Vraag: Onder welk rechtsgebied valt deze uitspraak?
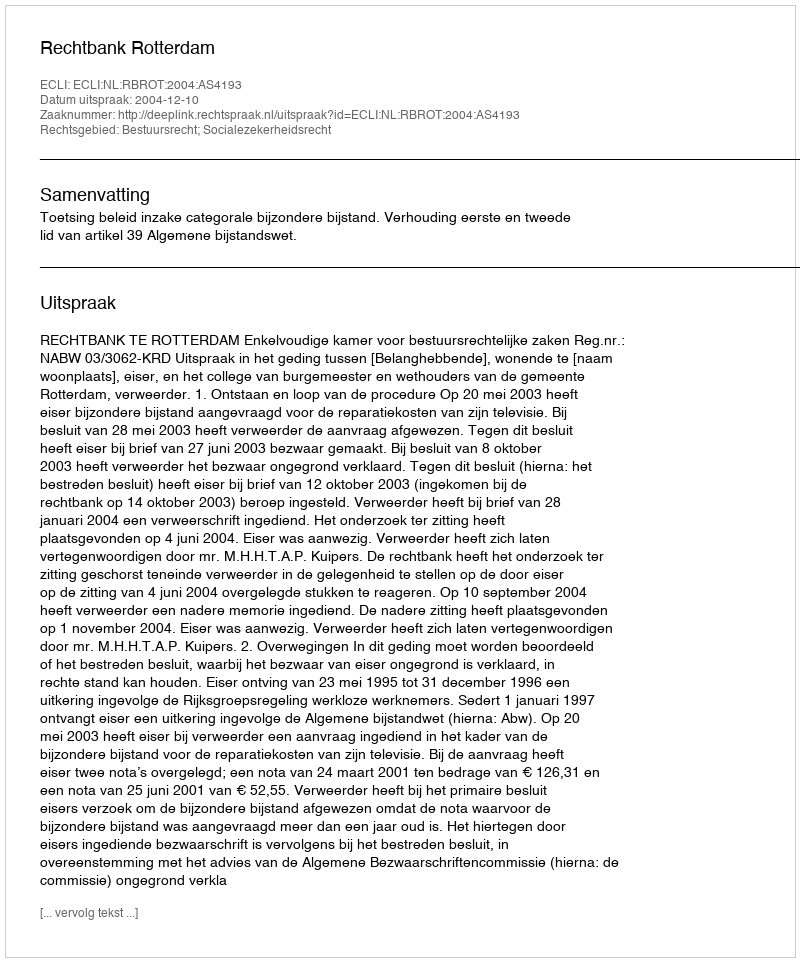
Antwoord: Bestuursrecht; Socialezekerheidsrecht